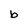
Character: b